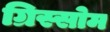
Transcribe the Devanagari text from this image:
ग्रिस्सोम